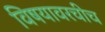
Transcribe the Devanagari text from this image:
विषयावरचीच